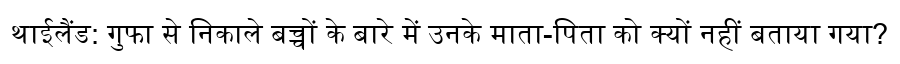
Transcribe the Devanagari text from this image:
थाईलैंड: गुफा से निकाले बच्चों के बारे में उनके माता-पिता को क्यों नहीं बताया गया?